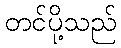
တင်ပို့သည်